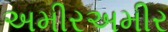
અમીરઅમીર